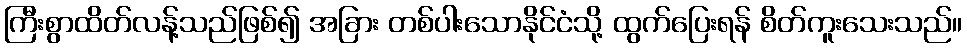
ကြီးစွာထိတ်လန့်သည်ဖြစ်၍ အခြား တစ်ပါးသောနိုင်ငံသို့ ထွက်ပြေးရန် စိတ်ကူးသေးသည်။